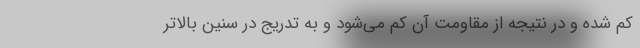
کم شده و در نتیجه از مقاومت آن کم می‌شود و به تدریج در سنین بالاتر